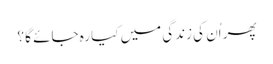
پھر اُن کی زندگی میں کیا رہ جائے گا ؟